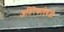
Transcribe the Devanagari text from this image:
अतिरेकाऐवजी